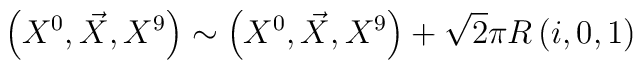
\left( X^0,\vec X, X^9\right)\sim \left( X^0, \vec X,X^9\right)+\sqrt{2}\pi R\left( i,0,1\right)